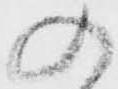
の